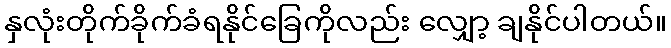
နှလုံးတိုက်ခိုက်ခံရနိုင်ခြေကိုလည်း လျှော့ ချနိုင်ပါတယ်။